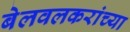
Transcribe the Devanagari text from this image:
बेलवलकरांच्या